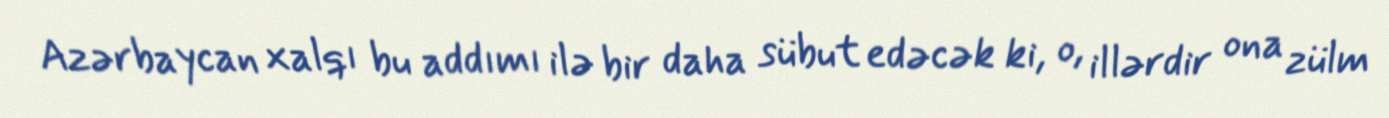
Azərbaycan xalqı bu addımı ilə bir daha sübut edəcək ki, o, illərdir ona zülm